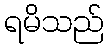
ရမိသည်